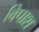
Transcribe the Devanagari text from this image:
विपाश